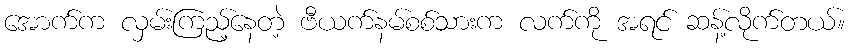
အောက်က လှမ်းကြည့်နေတဲ့ ဗီယက်နမ်စစ်သားက လက်ကို အရင် ဆန့်လိုက်တယ်။